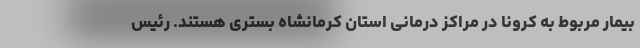
بیمار مربوط به کرونا در مراکز درمانی استان کرمانشاه بستری هستند. رئیس